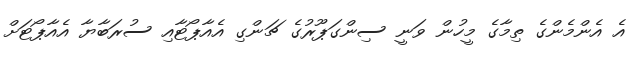
އެ އެންމެންގެ ތިމާގެ މީހުން ވަނީ ސިންގަޕޫރުގެ ޗަންގި އެއާޕޯޓާއި ސުރަބާޔާ އެއާޕޯޓަށް